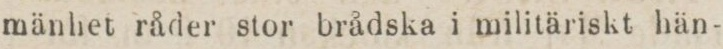
mänhet råder stor brådska i militäriskt hän-